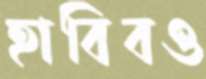
হাবিবও